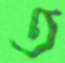
ত